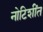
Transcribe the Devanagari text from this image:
नोटिशींत